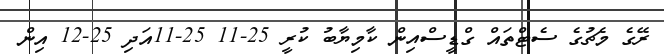
ރޭގެ މެޗުގެ ސެޓްތައް ގްޑީސްއިން ކާމިޔާބު ކުރީ 25-11 25-11އަދި 25-12 އިން